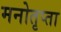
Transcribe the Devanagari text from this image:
मनोतृप्ता